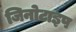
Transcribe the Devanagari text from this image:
जिनोटाइप